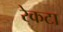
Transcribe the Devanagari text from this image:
रेकटा